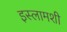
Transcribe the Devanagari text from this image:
इस्लामशी